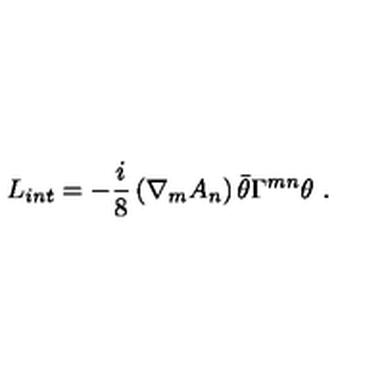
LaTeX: L _ { i n t } = - \frac { i } { 8 } \left( { \nabla } _ { m } { A _ { n } } \right) \bar { \theta } { \Gamma } ^ { m n } { \theta } \ .